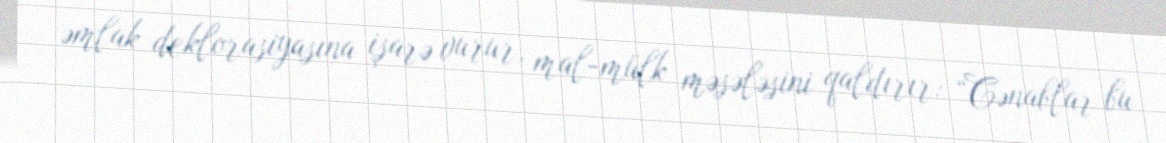
əmlak deklorasiyasına işarə vurur, mal-mülk məsələsini qaldırır: “Cənablar bu